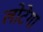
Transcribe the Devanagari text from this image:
लोटेगा